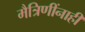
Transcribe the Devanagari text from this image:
मैत्रिणींनाही